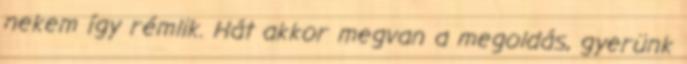
nekem így rémlik. Hát akkor megvan a megoldás, gyerünk